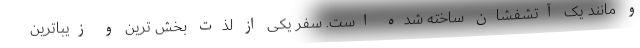
و مانند یک آتشفشان ساخته شده است. سفر یکی از لذت بخش ترین و زیباترین